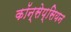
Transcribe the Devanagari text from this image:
कॉन्सेप्सियन